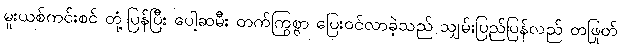
မူးယစ်ကင်းစင် တုံ့ပြန်ပြီး ပေါ့ဆမီး တက်ကြွစွာ ပြေးဝင်လာခဲ့သည် သျှမ်းပြည်ပြန်လည် တဖြုတ်